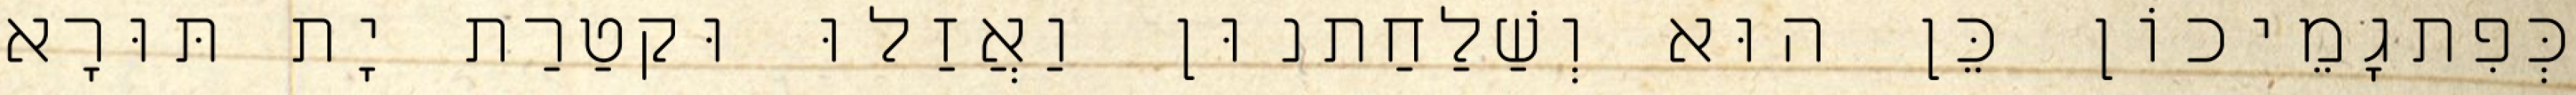
כְּפִתגָמֵיכוֹן כֵּן הוּא וְשַׁלַחַתנוּן וַאֲזַלוּ וּקטַרַת יָת תּוּרָא